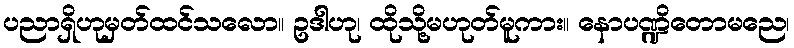
ပညာရှိဟုမှတ်ထင်သလော။ ဥဒါဟု၊ ထိုသို့မဟုတ်မူကား။ နောပဏ္ဍိတောမညေ၊